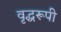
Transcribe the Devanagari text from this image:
वृद्धरूपी